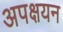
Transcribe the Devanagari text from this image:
अपक्षयन